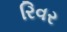
રિવર